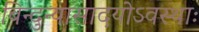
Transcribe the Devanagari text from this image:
बिन्दुन्यासादयोऽवस्थाः